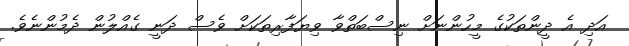
އަދި އެ ދީންތަކުގެ މީހުންނަށް ނިސްބަތްވާ ވިޔަފާރިތަކަށް ވެސް ދަނީ ގެއްލުން ދެމުންނެވެ.